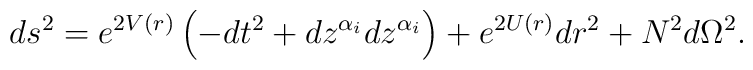
ds^{2}=e^{2V(r)}\left( -dt^{2}+dz^{\alpha _{i}}dz^{\alpha _{i}}\right)+e^{2U(r)}dr^{2}+N^{2}d\Omega ^{2}.